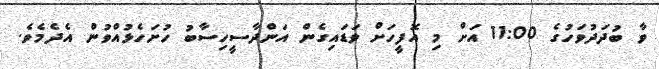
ވާ ބުދަދުވަހުގެ 11:00 އަށް މި އޮފީހަށް ވަޑައިގެން އަންދާސީހިސާބު ހުށަހެޅުއްވުން އެދެމެވެ.